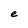
Character: e